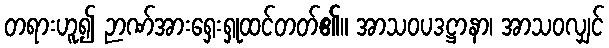
တရားဟူ၍ ဉာဏ်အားရှေးရှုထင်တတ်၏။ အာသဝပဒဋ္ဌာနာ၊ အာသဝလျှင်